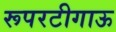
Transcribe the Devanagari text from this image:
रूपरटीगाऊ